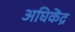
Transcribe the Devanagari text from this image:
अघिकेंद्र